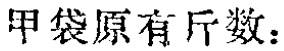
甲袋原有斤数：